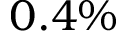
0 . 4 \%